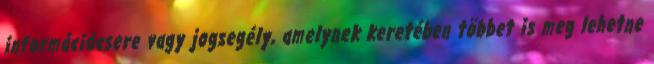
információcsere vagy jogsegély, amelynek keretében többet is meg lehetne